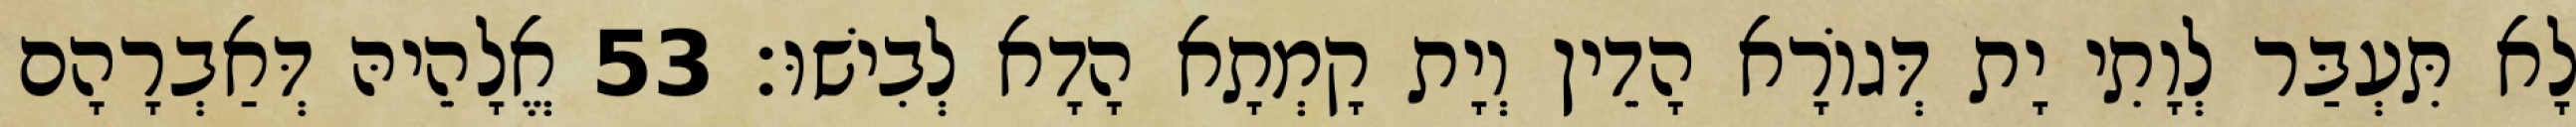
לָא תִּעְבַּר לְוָתִי יָת דְּגוֹרָא הָדֵין וְיָת קָמְתָא הָדָא לְבִישׁוּ׃ 53 אֱלָהֵיהּ דְּאַבְרָהָם